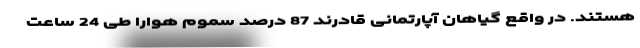
هستند. در واقع گیاهان آپارتمانی قادرند 87 درصد سموم هوارا طی 24 ساعت